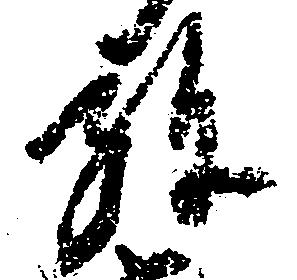
弥